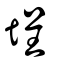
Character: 埕